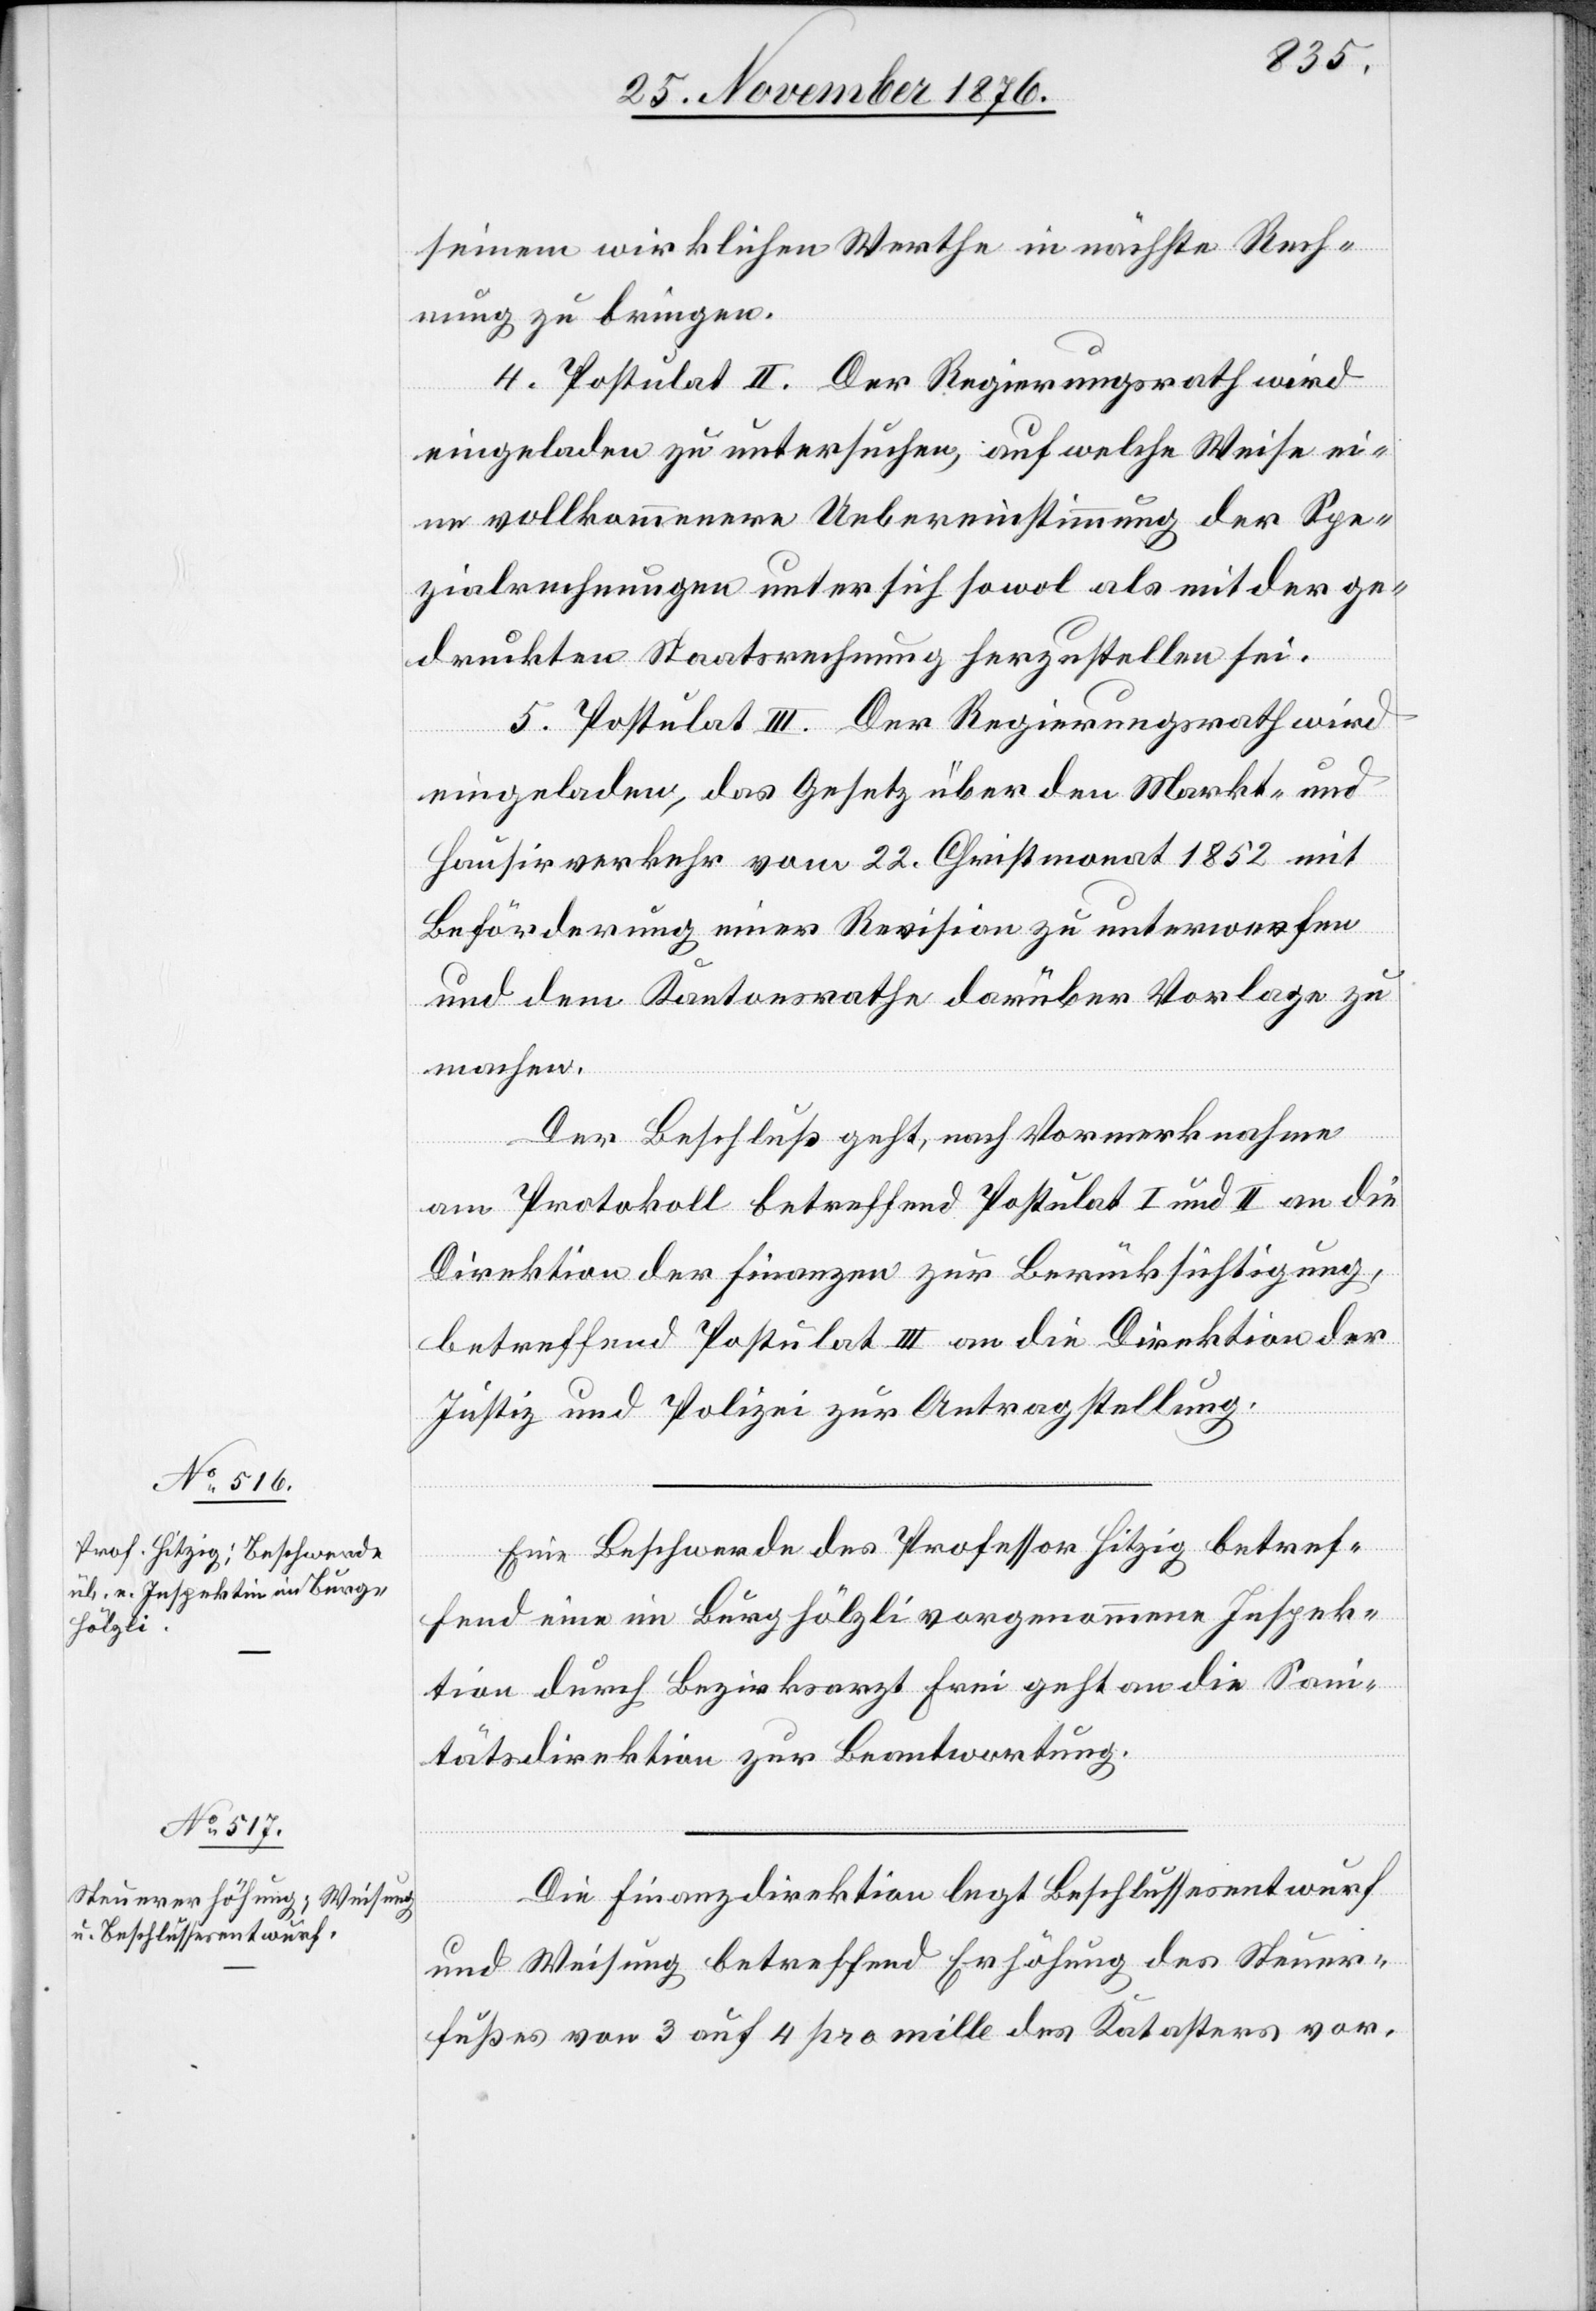
seinem wirklichen Werthe in nächste Rech¬
nung zu bringen.
4. Postulat II. Der Regierungsrath wird
eingeladen zu untersuchen, auf welche Weise ei¬
ne vollkommenere Uebereinstimmung der Spe¬
zialrechnungen unter sich sowol als mit der ge¬
druckten Staatsrechnung herzustellen sei.
5. Postulat III. Der Regierungsrath wird
eingeladen, das Gesetz über den Markt- und
Hausirverkehr vom 22. Christmonat 1852 mit
Beförderung einer Revision zu unterwerfen
un den Kantonsrathe darüber Vorlage zu
machen.
Der Beschluß geht, nach Vormerknahme,
am Protokoll betreffend Postulat I und II an die
Direktion der Finanzen zur Berücksichtigung,
betreffend Postulat III an die Direktion der
Justiz und Polizei zur Antragstellung.
Eine Beschwerde des Professor Hitzig betref¬
fend eine im Burghölzli vorgenommene Inspek¬
tion durch Bezirksarzt Frei geht an die San¬
itätsdirektion zur Beantwortung.
Die Finanzdirektion legt Beschlussesentwurf
und Weisung betreffend Erhöhung des Steuer¬
fußes von 3 auf 4 pro mille des Katasters vor.